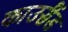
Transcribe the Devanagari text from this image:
काउसैंड